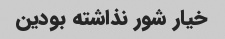
خیار شور نذاشته بودین